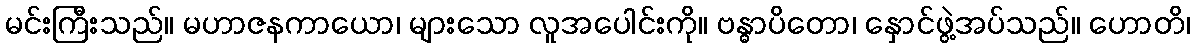
မင်းကြီးသည်။ မဟာဇနကာယော၊ များသော လူအပေါင်းကို။ ဗန္ဓာပိတော၊ နှောင်ဖွဲ့အပ်သည်။ ဟောတိ၊